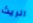
الريث